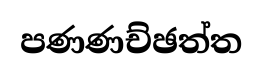
පණණච්ඡත්ත